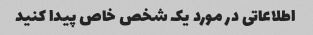
اطلاعاتی در مورد یک شخص خاص پیدا کنید